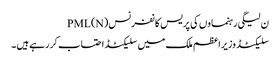
ن لیگی رہنماوں کی پریس کانفرنس PML(N)
سلیکٹڈ وزیراعظم ملک میں سلیکٹڈ احتساب کررہے ہیں ۔